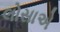
લોસાએ